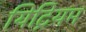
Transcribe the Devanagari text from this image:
यिट्रियम